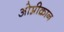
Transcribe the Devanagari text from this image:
ओम्रीक्रान